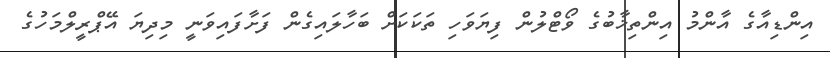
އިންޑިއާގެ އާންމު އިންތިޚާބުގެ ވޯޓްލުން ފިޔަވަހި ތަކަކަށް ބަހާލައިގެން ފަށާފައިވަނީ މިދިޔަ އޭޕްރީލްމަހުގެ